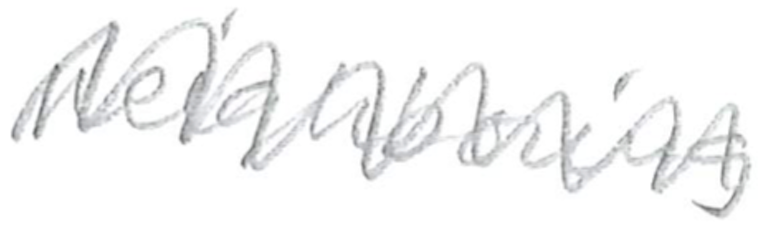
Text: neighboring
Cross-out: zig-zag
Writing tool: pencil